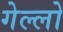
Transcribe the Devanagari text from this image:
गेल्‍लो